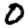
Digit: 0